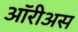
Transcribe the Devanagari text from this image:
ऑरीअस